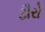
ટૌરો